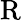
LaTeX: \mathrm{R}